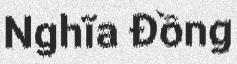
Nghĩa Đồng